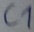
Text: C1